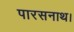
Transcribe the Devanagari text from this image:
पारसनाथ।